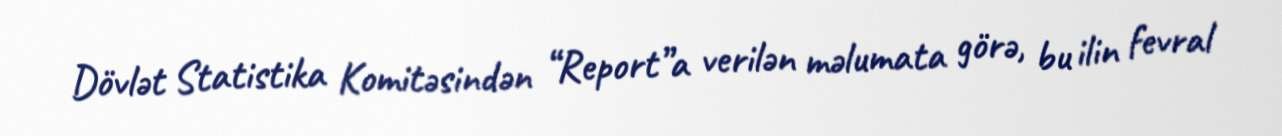
Dövlət Statistika Komitəsindən “Report”a verilən məlumata görə, bu ilin fevral